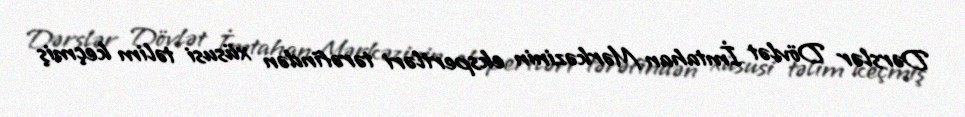
Dərslər Dövlət İmtahan Mərkəzinin ekspertləri tərəfindən xüsusi təlim keçmiş